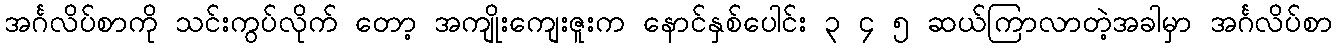
အင်္ဂလိပ်စာကို သင်းကွပ်လိုက် တော့ အကျိုးကျေးဇူးက နောင်နှစ်ပေါင်း ၃ ၄ ၅ ဆယ်ကြာလာတဲ့အခါမှာ အင်္ဂလိပ်စာ